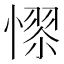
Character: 𢟺